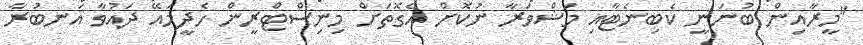
"މީރާއިން ބުނަނީ ކެބިނެޓާއި މަޝްވަރާ ނުކޮށް އެގޮތަށް މިނިސްޓްރީން ހެދީމައޭ ދައުވާ އަނބުރާ